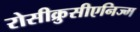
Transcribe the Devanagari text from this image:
रोसीक्रुसीएनिज्म